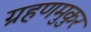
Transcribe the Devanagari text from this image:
ग्रहणमुकुर